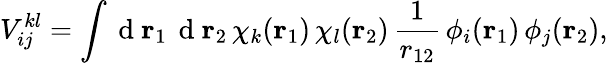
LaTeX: {V}_{ij}^{kl}=\int\mathrm{~d~}{\mathbf{r}_{1}}\, \mathrm{~d~}{\mathbf{r}_{2}}\, \chi_{k}({\mathbf{r}_{1}})\, \chi_{l}({\mathbf{r}_{2}})\, \frac{1}{r_{12}}\, \phi_{i}({\mathbf{r}_{1}})\, \phi_{j}({\mathbf{r}_{2}}),